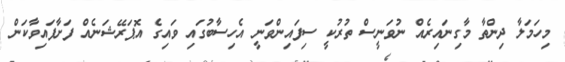
މިހަމަލާ ދިންތާ މާގިނައިރެއް ނުވަނީސް ތުރުކީ ސިފައިންވަނީ އެހިސާބުގައި ވައިގެ އޮޕަރޭޝަނެއް ފަށާފައިވާކަން